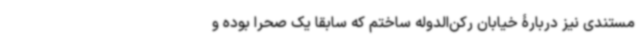
مستندی نیز دربارۀ خیابان رکن‌الدوله ساختم که سابقاً یک صحرا بوده و